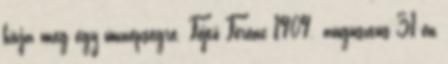
hívja meg egy ünnepségre. Fejtő Ferenc 1909. augusztus 31-én